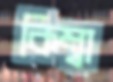
কিম্বা